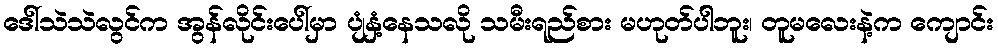
ဒေါ်သဲသဲလွင်က အွန်လိုင်းပေါ်မှာ ပျံနှံ့နေသလို သမီးရည်စား မဟုတ်ပါဘူး၊ တူမလေးနဲ့က ကျောင်း